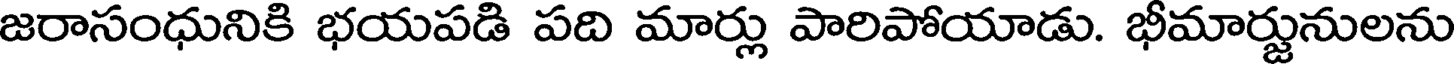
జరాసంధునికి భయపడి పది మార్లు పారిపోయాడు. భీమార్జునులను